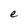
Character: e